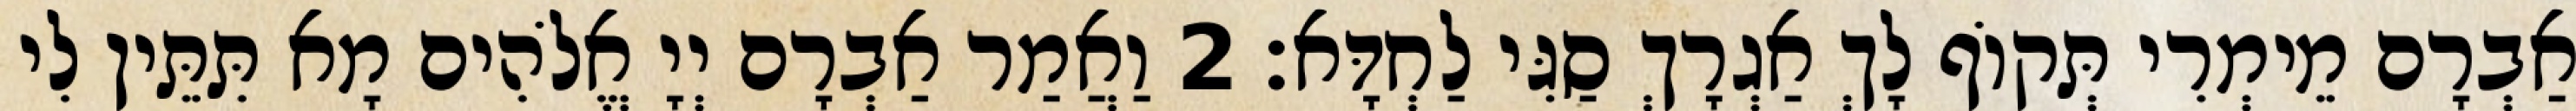
אַבְרָם מֵימְרִי תְּקוֹף לָךְ אַגְרָךְ סַגִּי לַחְדָּא׃ 2 וַאֲמַר אַבְרָם יְיָ אֱלֹהִים מָא תִּתֵּין לִי